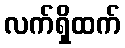
လက်ရှိထက်